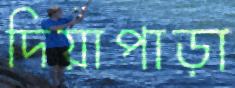
দিয়াপাড়া